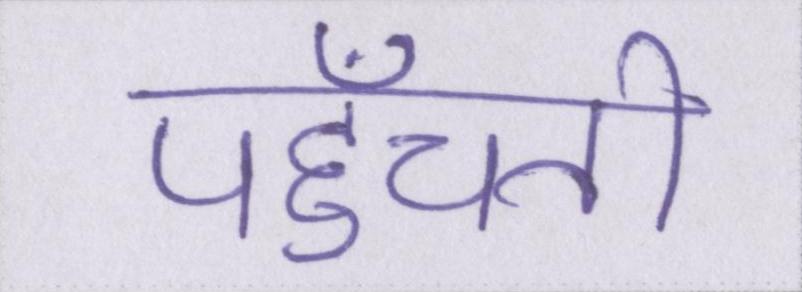
पहुँचती